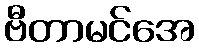
ဗီတာမင်အေ